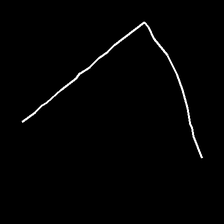
Glyph: region